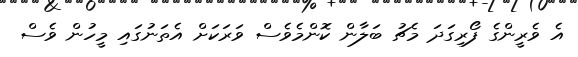
އެ ވެރީންގެ ފޯރިގަދަ މެޗު ބަލާން ކޮންމެވެސް ވަރަކަށް އެތަނުގައި މީހުން ވެސް